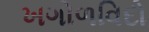
ખગોળવિદો